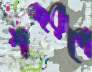
শব্দরূপে